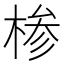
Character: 椮